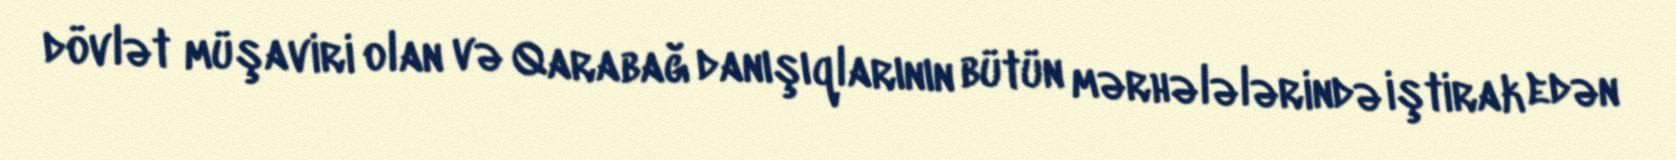
dövlət müşaviri olan və Qarabağ danışıqlarının bütün mərhələlərində iştirak edən